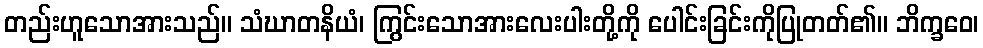
တည်းဟူသောအားသည်။ သံဃာတနိယံ၊ ကြွင်းသောအားလေးပါးတို့ကို ပေါင်းခြင်းကိုပြုတတ်၏။ ဘိက္ခဝေ၊